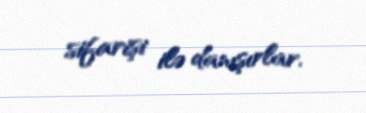
sifarişi ilə danışırlar.